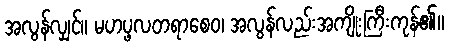
အလွန်လျှင်။ မဟပ္ဖလတရာစေဝ၊ အလွန်လည်းအကျိုးကြီးကုန်၏။